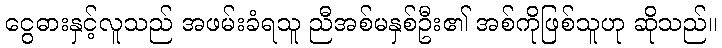
ငွေဓားနှင့်လူသည် အဖမ်းခံရသူ ညီအစ်မနှစ်ဦး၏ အစ်ကိုဖြစ်သူဟု ဆိုသည်။